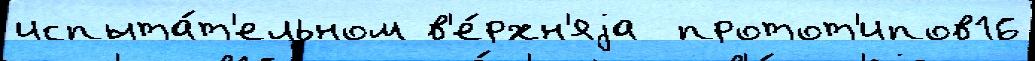
испыта́т'ельном в'е́рхн'яjа  протот'ипов16